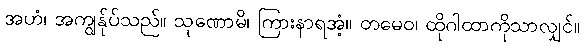
အဟံ၊ အကျွန်ုပ်သည်။ သုဏောမိ၊ ကြားနာရအံ့။ တမေဝ၊ ထိုဂါထာကိုသာလျှင်။